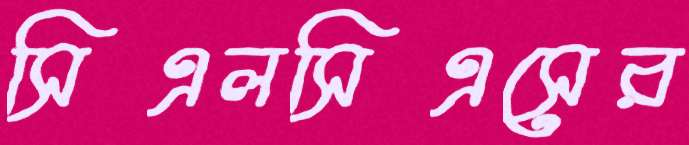
সিএলসিএসের